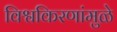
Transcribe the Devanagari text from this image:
विश्वकिरणांमुळे